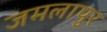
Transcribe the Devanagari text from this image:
जमलापुर